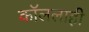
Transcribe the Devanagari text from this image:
कॉललाही